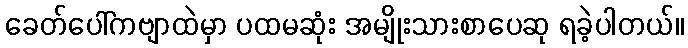
ခေတ်ပေါ်ကဗျာထဲမှာ ပထမဆုံး အမျိုးသားစာပေဆု ရခဲ့ပါတယ်။